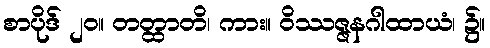
စာပိုဒ် ၂၀။ တတ္ထာတိ၊ ကား။ ဝိဿဇ္ဇနဂါထာယံ၊ ၌။